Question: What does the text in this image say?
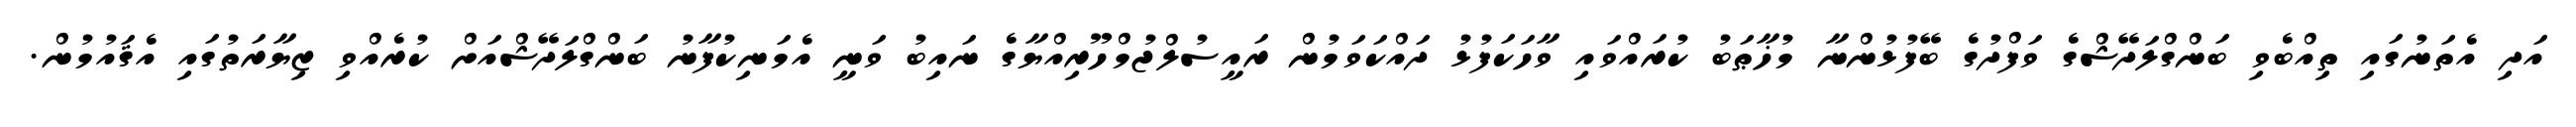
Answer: އަދި އެތަނުގައި ތިއްބެވި ބަންގްލަދޭޝްގެ ވަފްދުގެ ބޭފުޅުންނާ މުޚާޠަބު ކުރައްވައި ވާހަކަފުޅު ދައްކަވަމުން ރައީސުލްޖުމްހޫރިއްޔާގެ ނައިބު ވަނީ އެމަނިކުފާނު ބަންގްލަދޭޝްއަށް ކުރެއްވި ޒިޔާރަތުގައި އެޤައުމުން.